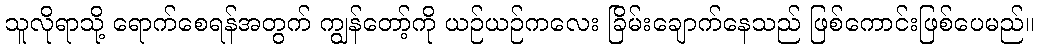
သူလိုရာသို့ ရောက်စေရန်အတွက် ကျွန်တော့်ကို ယဉ်ယဉ်ကလေး ခြိမ်းချောက်နေသည် ဖြစ်ကောင်းဖြစ်ပေမည်။